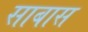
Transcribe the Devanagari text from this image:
साबास